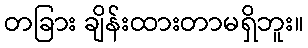
တခြား ချိန်းထားတာမရှိဘူး။